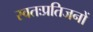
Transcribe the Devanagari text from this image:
स्वतःप्रतिजनों